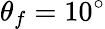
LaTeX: \theta_{f}=10^{\circ}